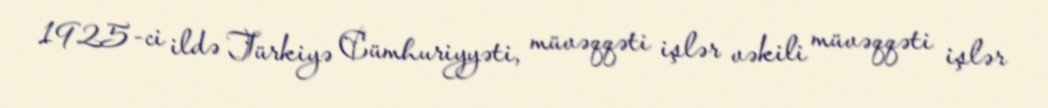
1925-ci ildə Türkiyə Cümhuriyyəti, müvəqqəti işlər vəkili müvəqqəti işlər